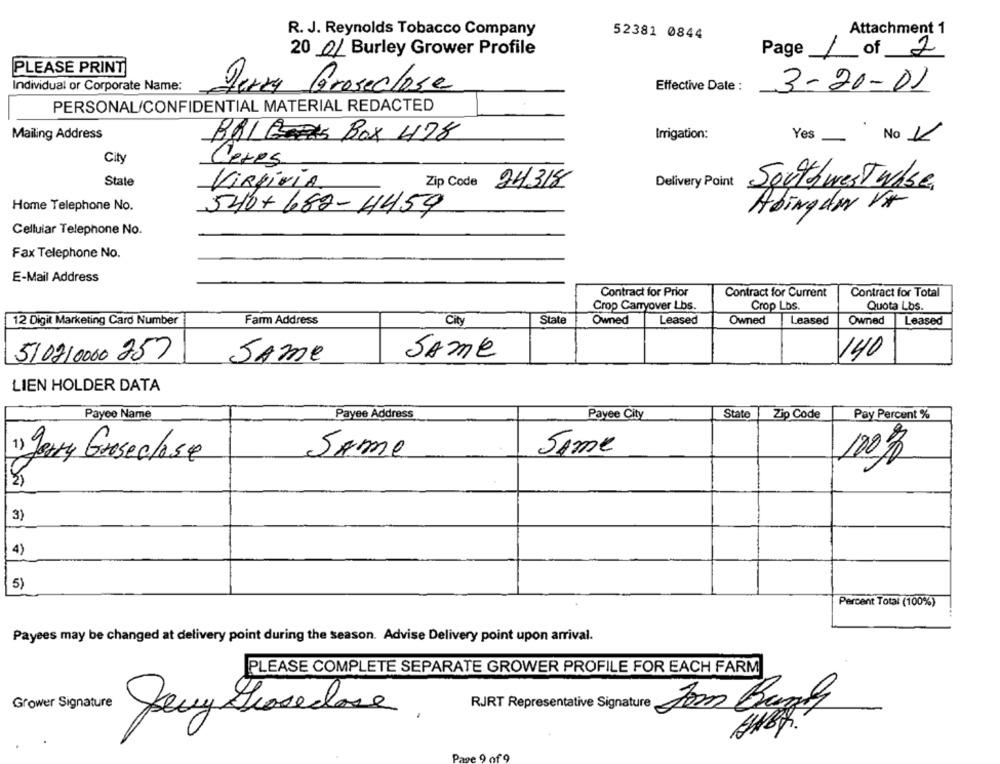
Attachment 1
R. J. Reynolds Tobacco Company
52381 0844
20 01 Burley Grower Profile
Page1 of 2
PLEASE PRINT
Individual or Corporate Name:
Perry Groseclose
Effective Date :
3-20-01
PERSONAL/CONFIDENTIAL MATERIAL REDACTED
.
Mailing Address
BAL Box 478
Irrigation:
Yes
No 4
City
Ceres
State
Zip Code 24318
Delivery Point
ViRgiVÍA
Southwest wAse
Home Telephone No.
540+682-4459
Abingdon VA
Cellular Telephone No.
Fax Telephone No.
E-Mail Address
Contract for Prior
Contract for Current
Contract for Total
Crop Carryover Lbs.
Crop Lbs.
Quota Los.
12 Digit Marketing Card Number
Farm Address
City
State
Owned
Leased
Owned
Leased
Owned
Leased
510210000 257
Same
140
Same
LIEN HOLDER DATA
Payee Name
Payee Address
Payee City
State
Zip Code
Pay Percent %
Same
Jerry Groseclose
Same
100%
= UN
3)
4)
5)
Percent Total (100%)
Payees may be changed at delivery point during the season. Advise Delivery point upon arrival.
PLEASE COMPLETE SEPARATE GROWER PROFILE FOR EACH FARM
Jevy Groseclose,
RJRT Representative Signature
Som Bong
wer Signal